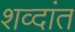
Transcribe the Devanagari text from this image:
शव्दांत